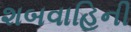
શબવાહિની